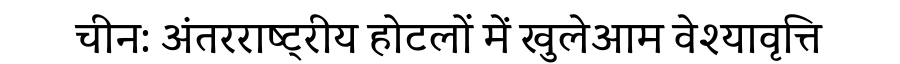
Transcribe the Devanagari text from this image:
चीन: अंतरराष्ट्रीय होटलों में खुलेआम वेश्यावृत्ति